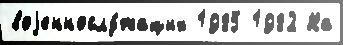
воjеннослу́жащих 1985 1982 На